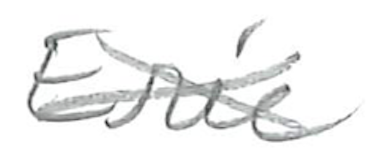
Text: Eric
Cross-out: cross
Writing tool: pencil